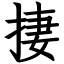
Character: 捿